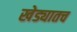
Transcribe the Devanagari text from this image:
खेड्यातच